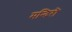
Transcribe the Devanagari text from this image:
मन्दिरॊ